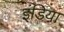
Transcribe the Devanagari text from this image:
इंडिया